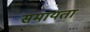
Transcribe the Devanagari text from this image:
समायता